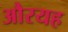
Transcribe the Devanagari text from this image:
औरयह